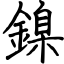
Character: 鎳